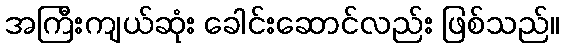
အကြီးကျယ်ဆုံး ခေါင်းဆောင်လည်း ဖြစ်သည်။